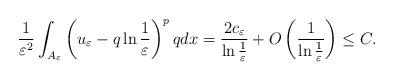
LaTeX: \begin{align*}\frac{1}{\varepsilon^2}\int_{A_\varepsilon}\left (u_\varepsilon-q\ln\frac{1}{\varepsilon}\right )^{p}qdx=\frac{2c_\varepsilon}{\ln\frac{1}{\varepsilon}}+O\left (\frac{1}{\ln\frac{1}{\varepsilon}}\right )\leq C.\end{align*}